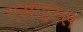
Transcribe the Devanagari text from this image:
एसाइट्स